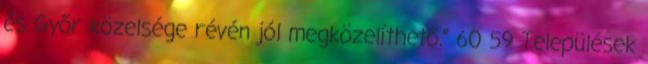
és Győr közelsége révén jól megközelíthető.” 60 59 Települések